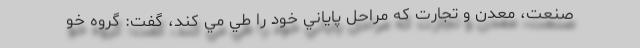
صنعت، معدن و تجارت كه مراحل پاياني خود را طي مي كند، گفت: گروه خو